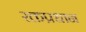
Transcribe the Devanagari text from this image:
रक्तप्रधान